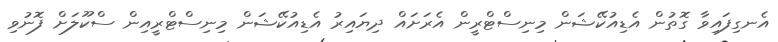
އެނގިފައިވާ ގޮތުން އެޑިއުކޭޝަން މިނިސްޓްރީން އެރަށައް ދިޔައިރު އެޑިއުކޭޝަން މިނިސްޓްރީއިން ސްކޫލަށް ފޮނުވި